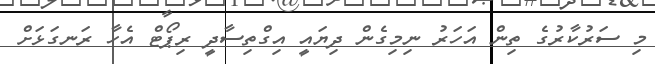
މި ސަރުކާރުގެ ތިން އަހަރު ނިމިގެން ދިޔައީ އިގްތިސާދީ ރިޕޯޓް އެހާ ރަނގަޅަށް